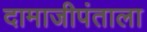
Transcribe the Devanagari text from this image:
दामाजीपंताला